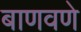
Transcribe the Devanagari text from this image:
बाणवणे